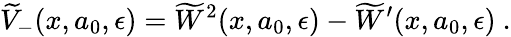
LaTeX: \widetilde{V}_{-}(x,a_{0},\epsilon)=\widetilde{W}^{2}(x,a_{0},\epsilon)-\widetilde{W}^{\prime}(x,a_{0},\epsilon)~.